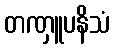
တဏှူပနိသံ